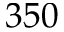
3 5 0